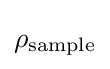
\rho _{\mathrm {sample} }